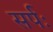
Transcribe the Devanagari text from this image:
सर्पः